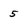
Character: 5